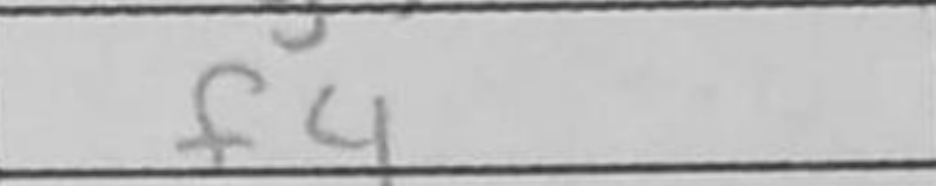
Transcription: f4